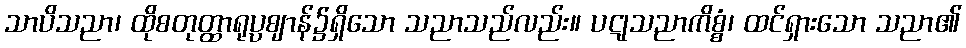
သာပိသညာ၊ ထိုစတုတ္ထာရုပ္ပဈာန်၌ရှိသော သညာသည်လည်း။ ပဋုသညာကိစ္စံ၊ ထင်ရှားသော သညာ၏